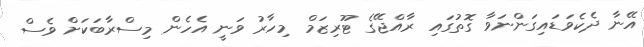
އޭނާ ދެކެވަޑައިގަންނަވާ ގޮތުގައި ރާއްޖޭގެ ޓޫރިޒަމް މިހާރު ވަނީ އެހެން މިސްރާބަކަށް ވެސް